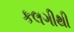
કલગીથી